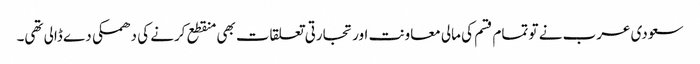
سعودی عرب نے تو تمام قسم کی مالی معاونت اور تجارتی تعلقات بھی منقطع کرنے کی دھمکی دے ڈالی تھی۔